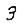
Digit: 3